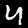
Label: 4